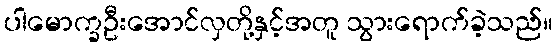
ပါမောက္ခဦးအောင်လှတို့နှင့်အတူ သွားရောက်ခဲ့သည်။